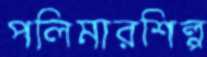
পলিমারশিল্প